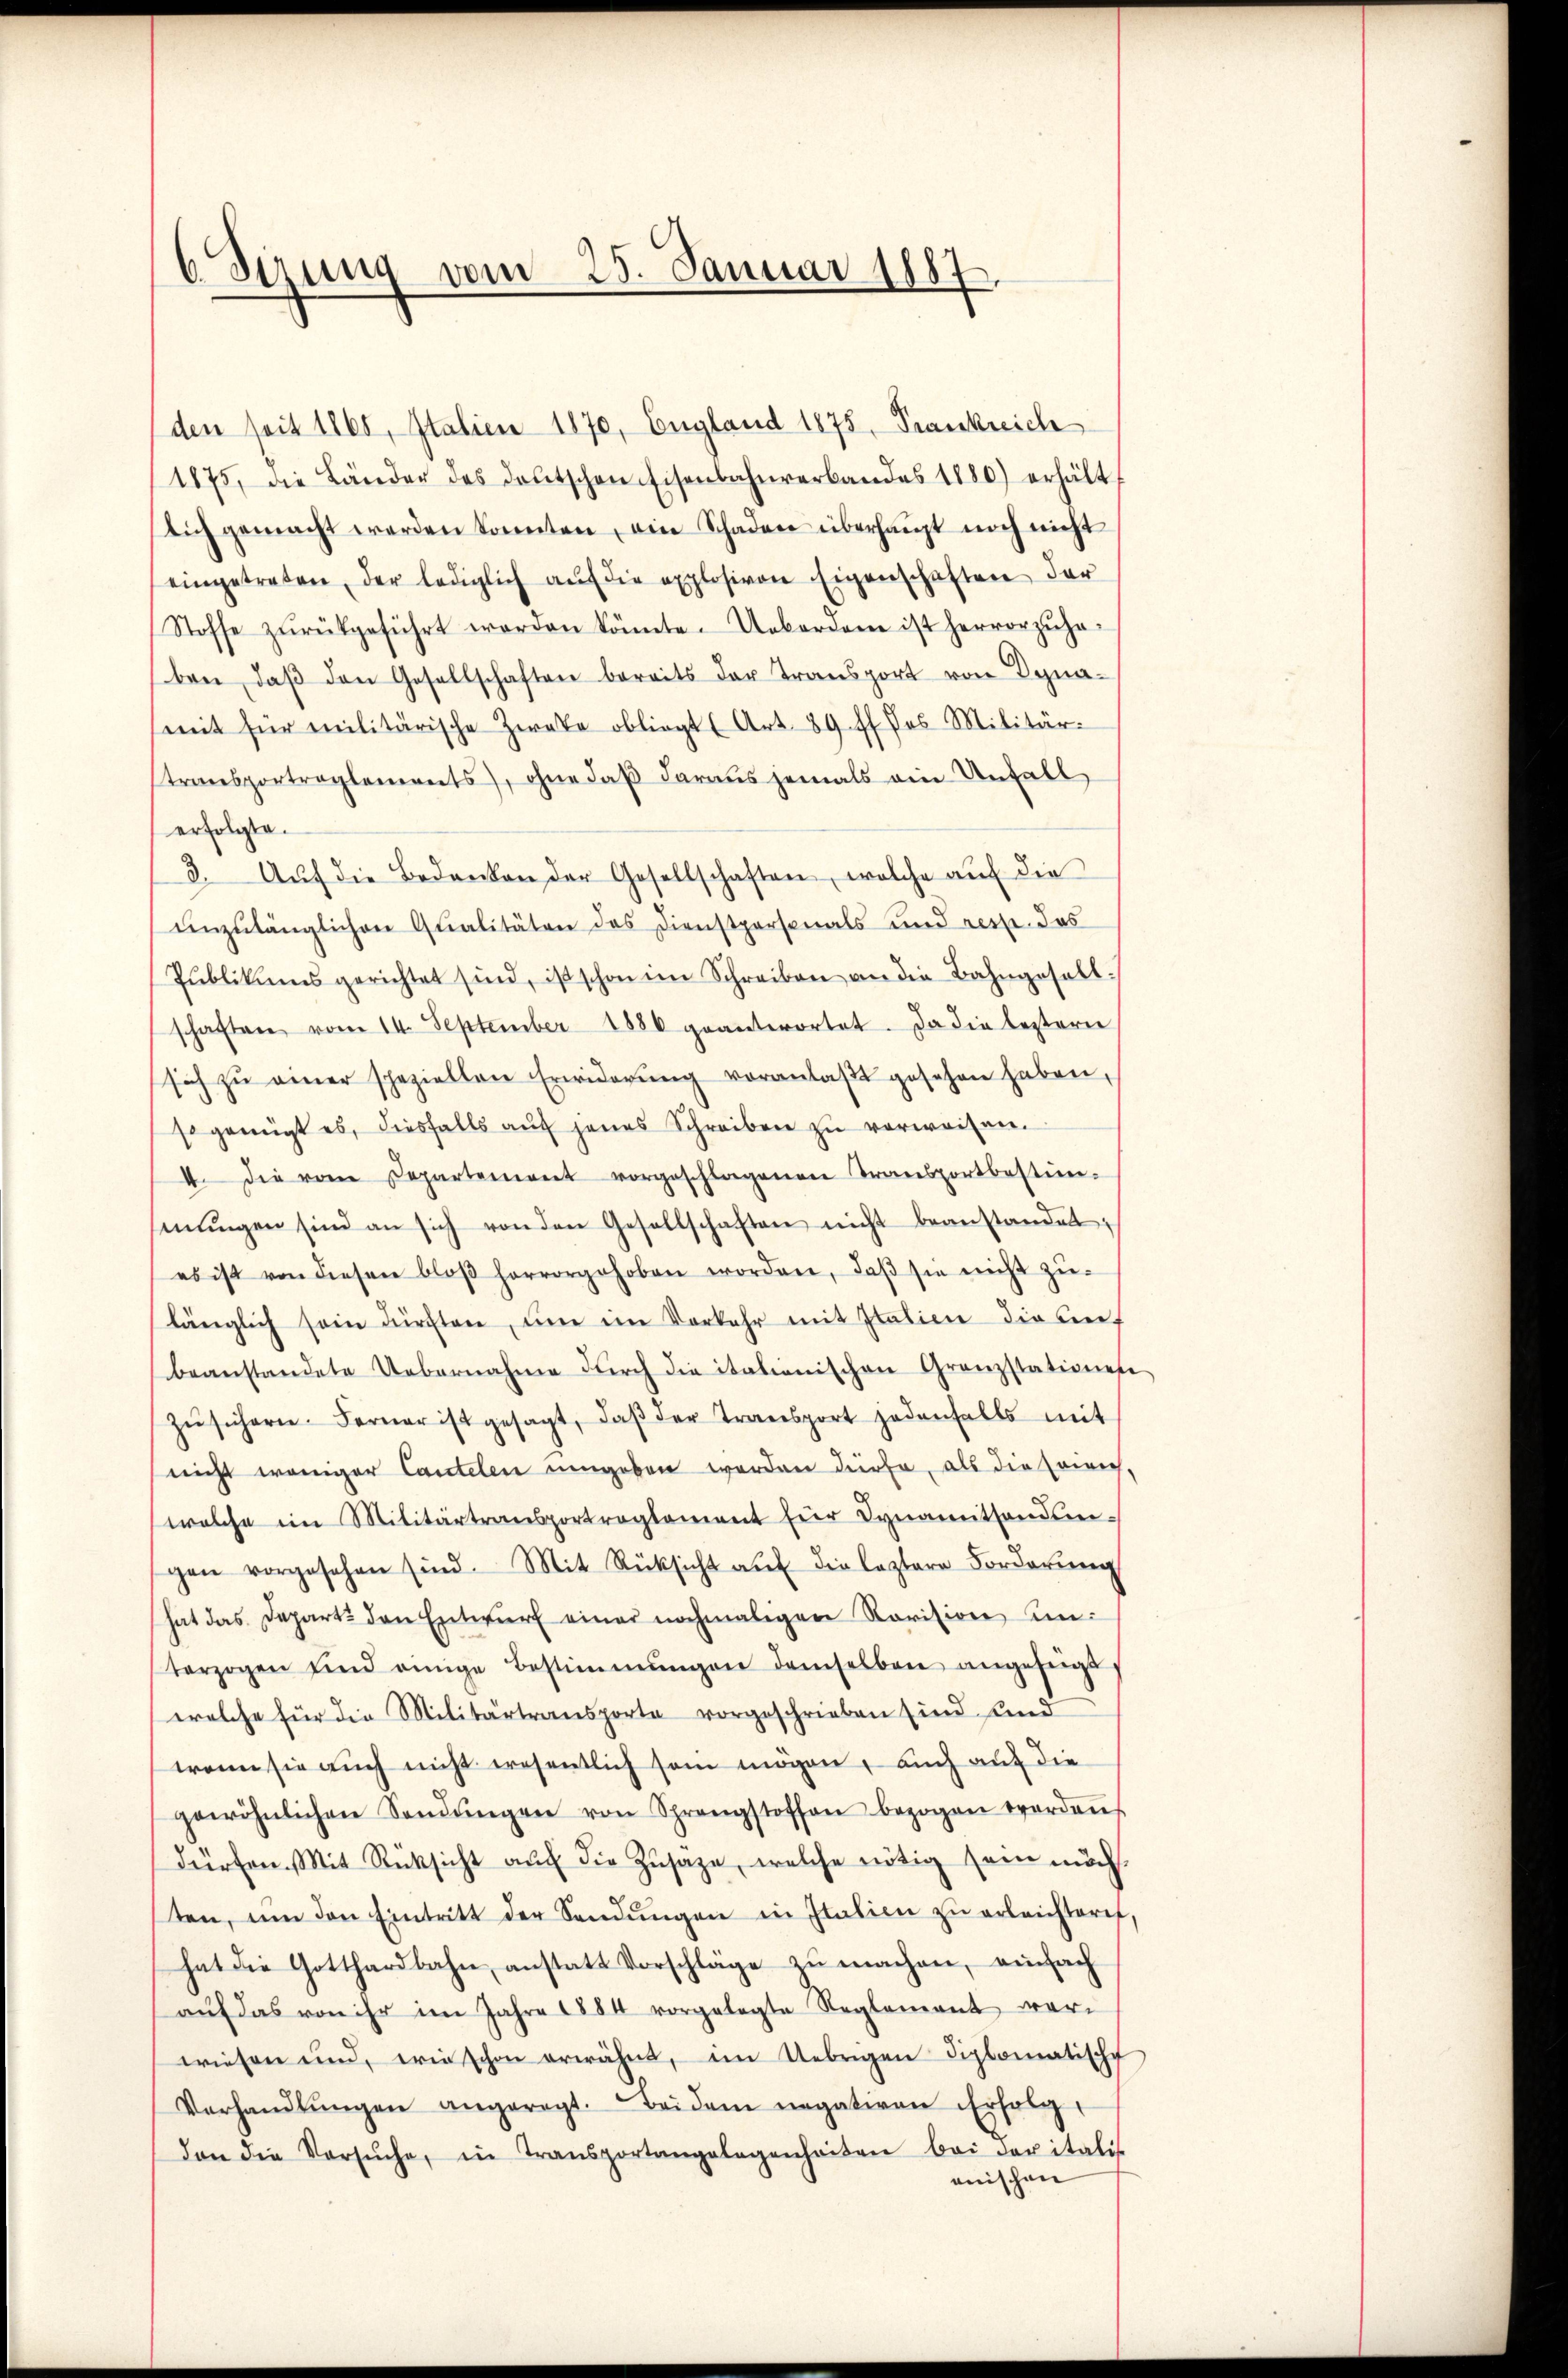
6 Sizung vom 25. Januar 1887.

den seit 1865, Italien 1870, England 1875, Frankreich
1875, die Länder des Deutschen Eisenbahnverbandes 1880) erhält
sich gemacht werden konnten, ein Schaden überhaupt noch nicht
eingetreten, der lediglich aŭf die explosiven Eigenschaften der
Stoffe zŭrückgeführt worden könnte. Ueberden ist hervorzŭha-
ben, daβ den Gesellschaften bereits der Transport von Dynamit für militärische Zweke obliegt (Art. 39 ff. des Militär.
transportreglements, ohne daβ daraus jemals ein Unfall
erfolgte.
3. Aŭf die Bedanken der Gesellschaften, welche aŭf die
unzulänglichen Qualitäten des Dienstpersonals und resp. das
Pŭblikums gerichtet sind, ist schon im Schreiben an die Bahngesell-
schaften vom 14. September 1886 geanterortet. Da die leztern
sich zŭ einer speziellen Erwiderŭng voranlaβt gesehen haben,
sogeneigt es, diesfalls aŭf jenes Schreiben zŭ verweisen.
4. die vom Departement vorgeschlagenen Transportbestim-
sinŭngen sind an sich von den Gesellschaften nicht beanstandet:
es ist von diesen bloβ hervorgehoben worden, daβ sie nicht zŭ-
länglich sein dürften, um in Vorkehr mit Italien die an
beanstandete Uebernahme dŭrch die italienischen Grenzstationen
zŭsichern. Ferner ist gesagt, daβ der Transport jedenfalls mit
nicht weniger Cantelen umgeben worden dürfe, als die Zeich,
welche im Militärtransportreglement für Dynamittands-
gen vorgesehen sind. Mit Rücksicht aŭf die leztere Forderung
hat das Depart den Entwŭrf einer nochmaligen Revision unterzogen sind einige Bestimmungen demselben angefügt
welche für die Militärtransporte vorgeschrieben sind und
wenn sie auch nicht wesentlich sein mögen, auch auf die
gewöhnlichen Sendŭngen von Sprangstoffen bezogen worden.
dürfen. Mit Rücksicht aŭf die Zŭsaze, welche nötig sein möcht
ten, um den Eintritt der Sendŭngen in Italien zŭ erleichtern,
hat die Gotthardbahn, anstatt Vorschläge zŭ machen, einfach
aŭf das von ihr im Jahre 1884 vorgelegte Reglement war.
wiesen und, wie schon erwähnt, im Uebrigen diplomatische
Verhandlŭngen angeregt. Beidem negativen Erfolg
dan die Versŭche, in Transportangelegenheiten bei der italis
enischen